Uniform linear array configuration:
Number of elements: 64
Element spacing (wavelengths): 0.25
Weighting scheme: kaiser
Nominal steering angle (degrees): -30
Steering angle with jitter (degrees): -28.856
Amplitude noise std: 0.05
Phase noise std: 0.05

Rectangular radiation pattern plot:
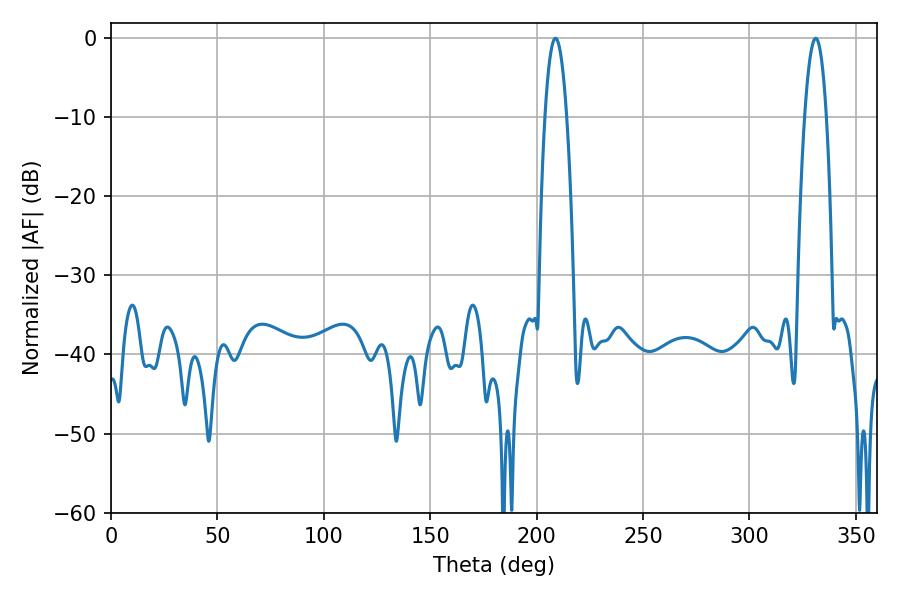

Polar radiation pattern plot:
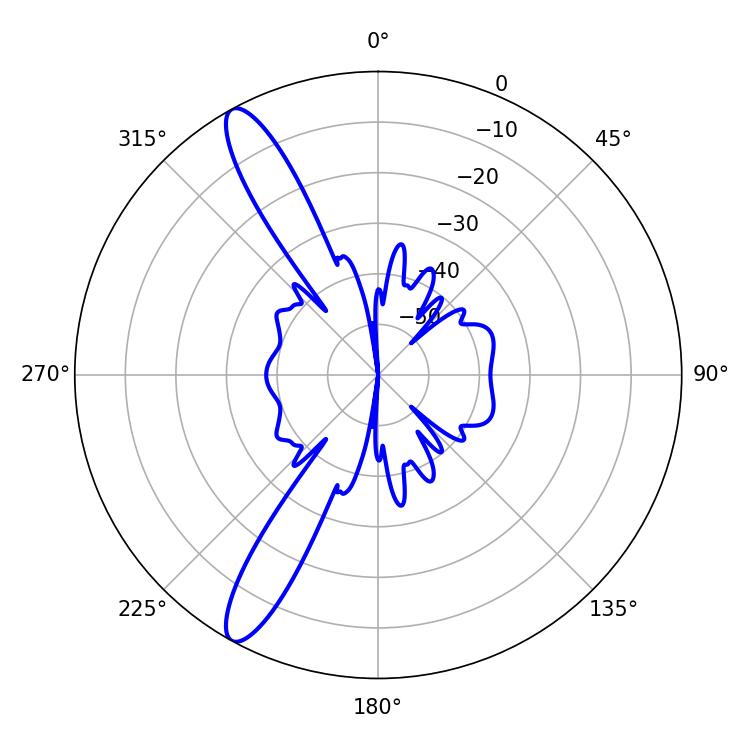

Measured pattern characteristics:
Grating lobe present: FALSE
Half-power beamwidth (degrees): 5.58
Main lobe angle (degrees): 208.8